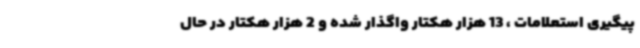
پیگیری استعلامات ، 13 هزار هکتار واگذار شده و 2 هزار هکتار در حال